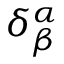
\delta _ { \beta } ^ { \alpha }